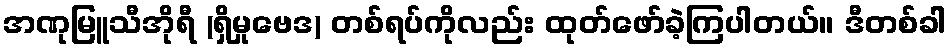
အဏုမြူသီအိုရီ (ရှိမှုဗေဒ) တစ်ရပ်ကိုလည်း ထုတ်ဖော်ခဲ့ကြပါတယ်။ ဒီတစ်ခါ